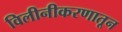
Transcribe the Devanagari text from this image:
विलीनीकरणातून